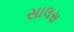
સાલસ